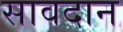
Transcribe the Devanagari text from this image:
सावदान